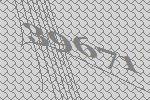
39671